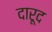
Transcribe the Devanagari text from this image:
दारूद